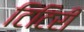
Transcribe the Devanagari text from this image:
टिटिरी